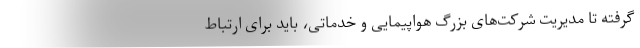
گرفته تا مدیریت شرکت‌های بزرگ هواپیمایی و خدماتی، باید برای ارتباط